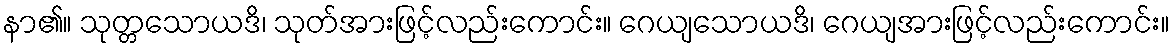
နာ၏။ သုတ္တသောယဒိ၊ သုတ်အားဖြင့်လည်းကောင်း။ ဂေယျသောယဒိ၊ ဂေယျအားဖြင့်လည်းကောင်း။